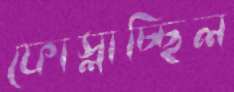
ফোস্‌লাচ্ছিল